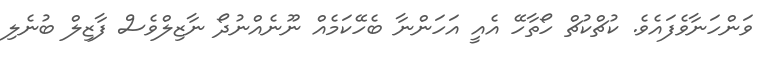
ވަންހަނާވެފައެވެ. ކުޗްކުޗް ހޯތާހޭ އެއީ އަހަންނާ ބެހޭކަމެއް ނޫނެއްނުދޯ ނާޒިލްވެސް ފާޒިލް ބުނެލި